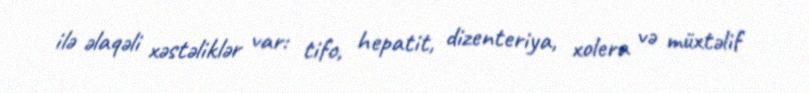
ilə əlaqəli xəstəliklər var: tifo, hepatit, dizenteriya, xolera və müxtəlif